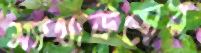
ম্যাথাউসের